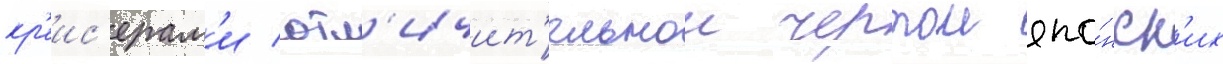
кр'еис'ерам'и отл'ичит'ельнои чертои япо́нск'их